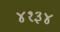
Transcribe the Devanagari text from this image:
४१३४